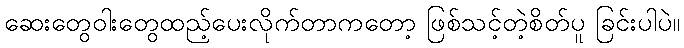
ဆေးတွေဝါးတွေထည့်ပေးလိုက်တာကတော့ ဖြစ်သင့်တဲ့စိတ်ပူ ခြင်းပါပဲ။